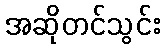
အဆိုတင်သွင်း